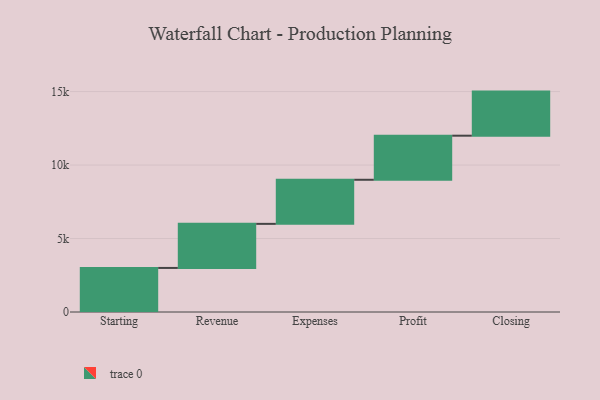
{"axis": {"x": "Step", "y": "Value"}, "legend": [""], "data": [{"x": "Starting", "y": 2998.0, "type": ""}, {"x": "Revenue", "y": 3000, "type": ""}, {"x": "Expenses", "y": 3000, "type": ""}, {"x": "Profit", "y": 3000, "type": ""}, {"x": "Closing", "y": 3000, "type": ""}]}